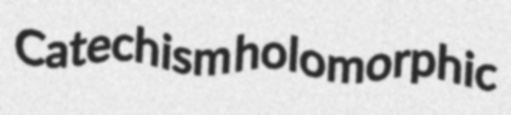
Catechism holomorphic